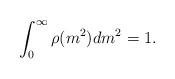
LaTeX: \begin{align*}\int_0^{\infty}\rho(m^2)dm^2=1.\end{align*}